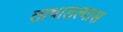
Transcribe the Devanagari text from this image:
लाथाडल्यास